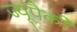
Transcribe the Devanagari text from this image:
ज्यूंपैकी